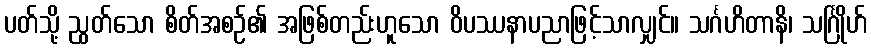
ပတ်သို့ ညွတ်သော စိတ်အစဉ်၏ အဖြစ်တည်းဟူသော ဝိပဿနာပညာဖြင့်သာလျှင်။ သင်္ဂဟိတာနိ၊ သင်္ဂြိုဟ်